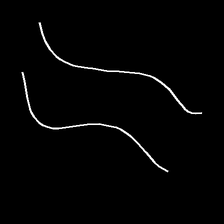
Glyph: float